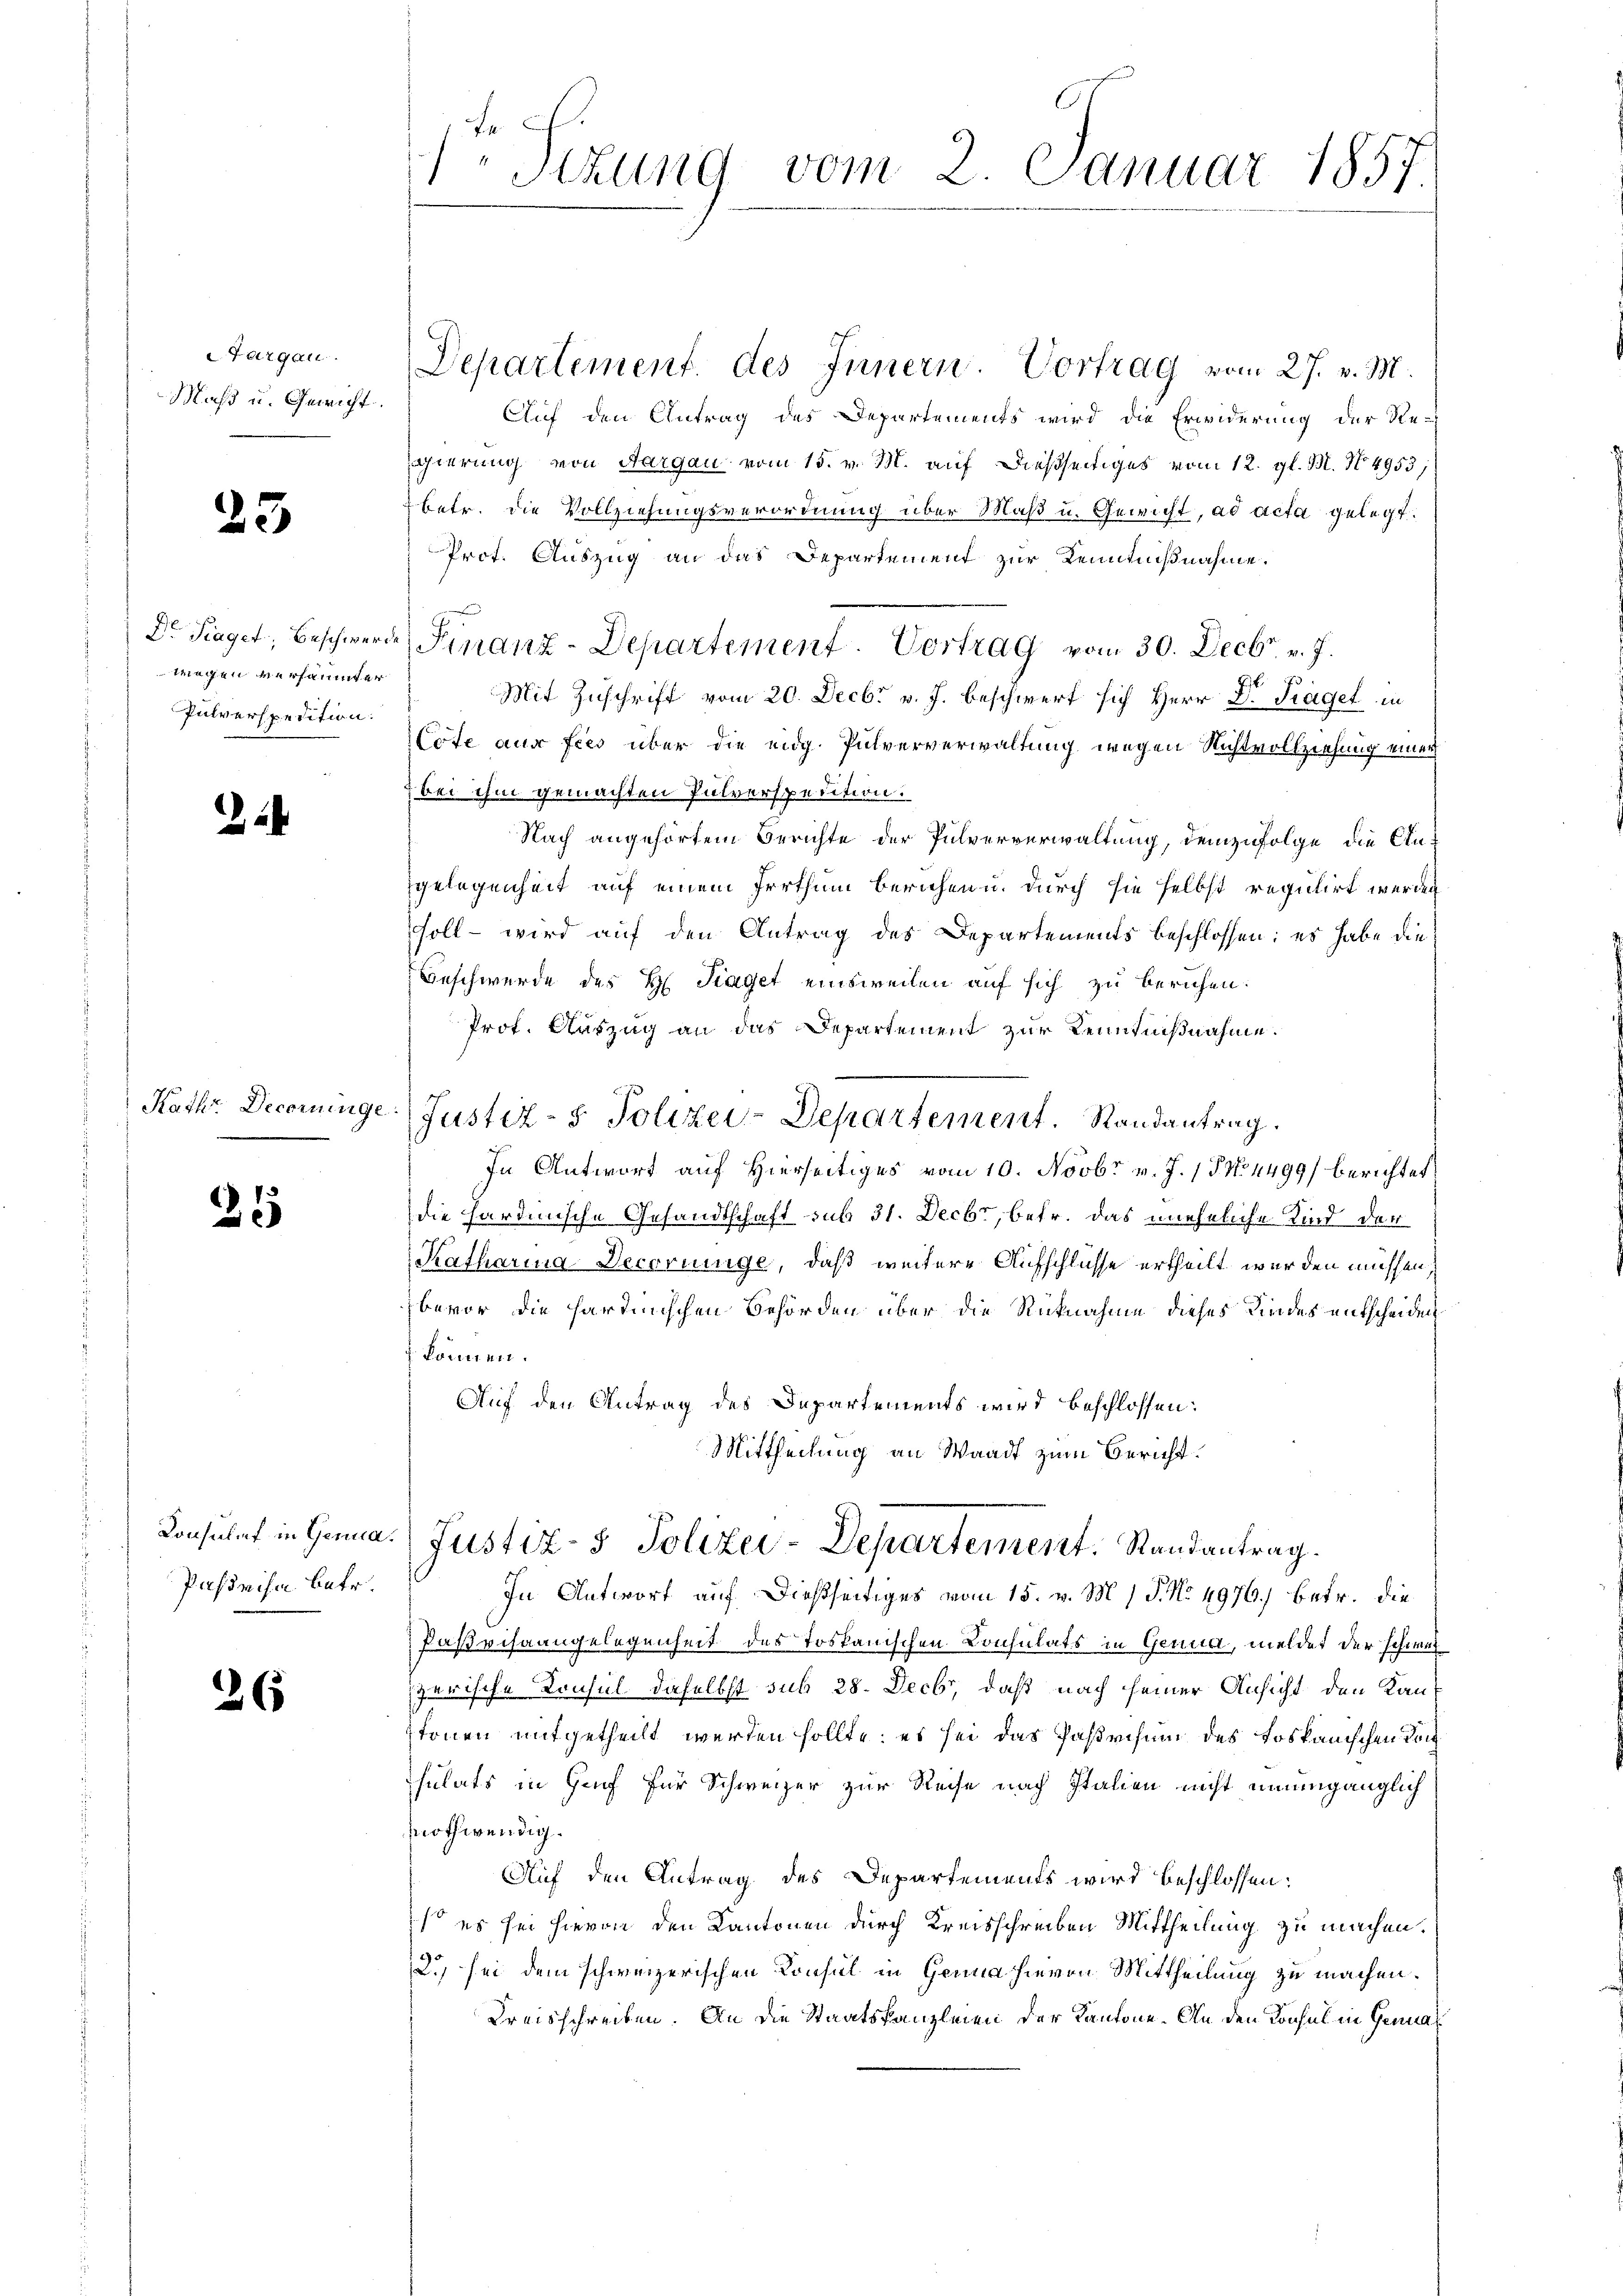
argau.
Maß u. Gewicht.

23

wegen versäumter
Pulverspedition.

24

Kathr. Decoruug
n

25

Pässe ihn betr.

26

Sizung vom 2. Januar 1857.

Departement. des Innern. Vortrag vom 27. v. M.
Auf den Antrag des Departements wird die Erwiderung der Re-
Egierung von Aargau vom 15. v. M. auf dießseitiges vom 12. gl. M. No. 4953;
betr. die Vollziehungsverordnung über Maß u. Gewicht, ad acta gelegt.
Prot. Auszug an das Departement zur Kenntnißnahme.
Dr. Fraget, beschwerde Finanz-Departement. Vortrag vom 30. Decbr. v. J.
7
Mit Zuschrift vom 20. Decbr v. J. beschwert sich Herr Dr. Traget in
ote aus fies über die eidg. Pulververwaltung wegen Nichtvollziehung einer
 bei ihm gemachten Pulverspedition:
Nach angehörtem Berichte der Pulververwaltung, demzufolge die Augelegenheit auf einem Irrthum berichen u. durch sie selbst regulirt werden
soll - wird auf den Antrag des Departements beschlossen: es habe die
Beschwerde des H. Kraget einsweilen auf sich zu beruhen.
Prof. Auszug an das Departement zur Kenntnißnahme.
eJustiz- & Polizei-Departement. Randantrag.
In Antwort auf Hierseitiges vom 10. Novbr. v. J. 17 No 4499) berichtet
die hardinische Gesandtschaft sub 31. Decbr, betr. das uneheliche Kind der
Katharina. Decorinige, daß weitere Aufschlüsse ertheilt werden müssen,
bevor die hartinischen Behörden über die Rücknahme dieses Kindes entscheiden
 können.
Auf den Antrag des Departements wird beschlossen:
Mittheilung an Waadt zum Bericht.
Konsulat in Genia Justiz- & Polizei-Departement. Randantrag.
In Antwort auf dießseitiges vom 15. v. M. 1 S. No 4976, betr. die
Paßvisaangelegenheit des Toskanischen Consulats in Genua, meldet der schwer
zerische Trusul. daselbst sub 28. Decbr, daß nach seiner Ansicht den Kant
tonen mitgetheilt werden sollte; es sei das Passvisum des toskanischen Toch
sulats in Genf für Schweizer zur Reise nach Italien nicht unumgänglich
nothwendig.
Auf den Antrag des Departements wird beschlossen:
s es sei hievon den Kantonen durch Kreisschreiben Mittheilung zu machen.
.) sei dem schweizerischen Konsul in Genua hievon Mittheilung zu machen.
Kreisschreiben. An die Staatskanzleien der Kantone. An den Konsul in Gena¬